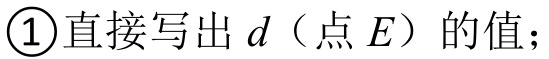
\textcircled{1}直接写出\(d\)（点\(E\)）的值；